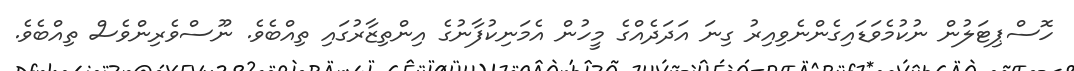
ހޮސްޕިޓަލުން ނުކުމެވަޑައިގެންނެވިއިރު ގިނަ އަދަދެއްގެ މީހުން އެމަނިކުފާނުގެ އިންތިޒާރުގައި ތިއްބެވެ. ނޫސްވެރިންވެސް ތިއްބެވެ.